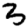
Digit: 3